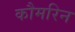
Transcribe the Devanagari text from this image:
कौमरिन